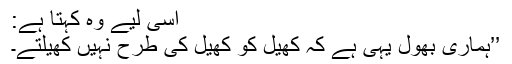
اسی لیے وہ کہتا ہے:
’’ہماری بھول یہی ہے کہ کھیل کو کھیل کی طرح نہیں کھیلتے۔